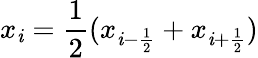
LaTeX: x_{\mathit{i}}=\frac{{1}}{{2}}(x_{\mathit{i}-\frac{{1}}{{2}}}+x_{\mathit{i}+\frac{{1}}{{2}}})